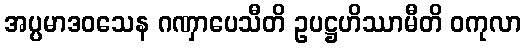
အပ္ပမာဒဝသေန ဂဏှာပေသီတိ ဥပဋ္ဌဟိဿာမီတိ ဝကုလာ